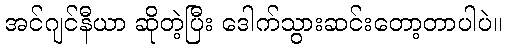
အင်ဂျင်နီယာ ဆိုတဲ့ပြီး ဒေါက်သွားဆင်းတော့တာပါပဲ။